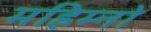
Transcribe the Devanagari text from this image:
महिम्नो